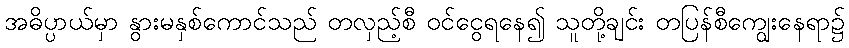
အဓိပ္ပာယ်မှာ နွားမနှစ်ကောင်သည် တလှည့်စီ ဝင်ငွေရနေ၍ သူတို့ချင်း တပြန်စီကျွေးနေရာ၌